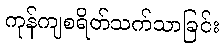
ကုန်ကျစရိတ်သက်သာခြင်း